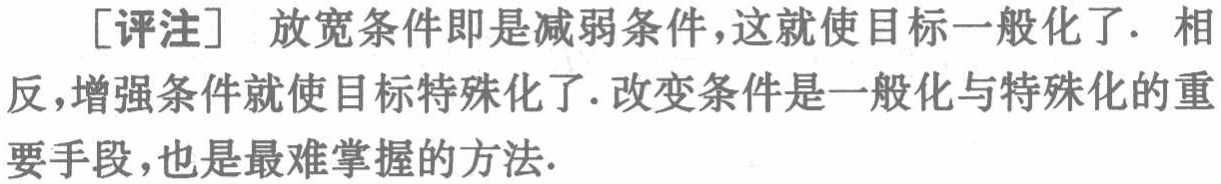
[评注] 放宽条件即是减弱条件，这就使目标一般化了. 相反，增强条件就使目标特殊化了. 改变条件是一般化与特殊化的重要手段，也是最难掌握的方法.